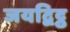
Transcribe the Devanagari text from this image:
जयद्विट्ठ